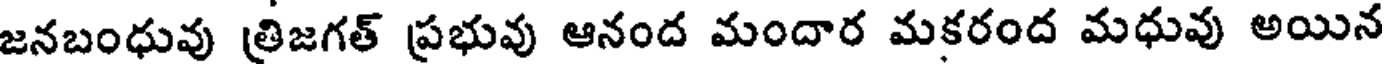
జనబంధువు త్రిజగత్ ప్రభువు ఆనంద మందార మకరంద మధువు అయిన